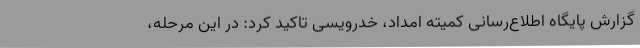
گزارش پایگاه اطلاع‌رسانی کمیته امداد، خدرویسی تاکید کرد: در این مرحله،